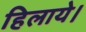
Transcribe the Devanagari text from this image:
हिलाये।